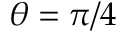
\theta = \pi / 4